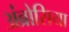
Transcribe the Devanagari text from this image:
अंब्रोसिया